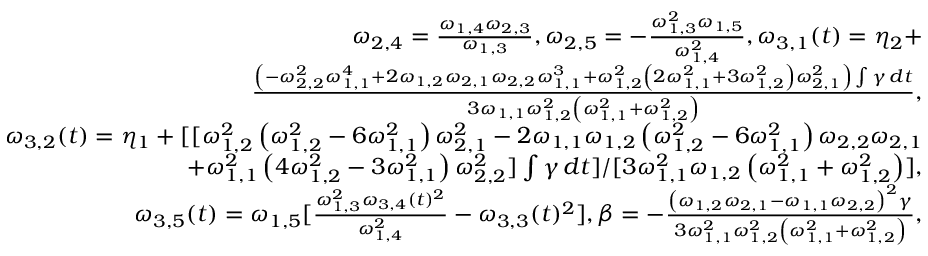
\begin{array} { r l r } & { } & { \omega _ { 2 , 4 } = \frac { \omega _ { 1 , 4 } \omega _ { 2 , 3 } } { \omega _ { 1 , 3 } } , \omega _ { 2 , 5 } = - \frac { \omega _ { 1 , 3 } ^ { 2 } \omega _ { 1 , 5 } } { \omega _ { 1 , 4 } ^ { 2 } } , \omega _ { 3 , 1 } ( t ) = \eta _ { 2 } + } \\ & { } & { \frac { \left( - \omega _ { 2 , 2 } ^ { 2 } \omega _ { 1 , 1 } ^ { 4 } + 2 \omega _ { 1 , 2 } \omega _ { 2 , 1 } \omega _ { 2 , 2 } \omega _ { 1 , 1 } ^ { 3 } + \omega _ { 1 , 2 } ^ { 2 } \left( 2 \omega _ { 1 , 1 } ^ { 2 } + 3 \omega _ { 1 , 2 } ^ { 2 } \right) \omega _ { 2 , 1 } ^ { 2 } \right) \int \gamma \, d t } { 3 \omega _ { 1 , 1 } \omega _ { 1 , 2 } ^ { 2 } \left( \omega _ { 1 , 1 } ^ { 2 } + \omega _ { 1 , 2 } ^ { 2 } \right) } , } \\ & { } & { \omega _ { 3 , 2 } ( t ) = \eta _ { 1 } + [ [ \omega _ { 1 , 2 } ^ { 2 } \left( \omega _ { 1 , 2 } ^ { 2 } - 6 \omega _ { 1 , 1 } ^ { 2 } \right) \omega _ { 2 , 1 } ^ { 2 } - 2 \omega _ { 1 , 1 } \omega _ { 1 , 2 } \left( \omega _ { 1 , 2 } ^ { 2 } - 6 \omega _ { 1 , 1 } ^ { 2 } \right) \omega _ { 2 , 2 } \omega _ { 2 , 1 } } \\ & { } & { + \omega _ { 1 , 1 } ^ { 2 } \left( 4 \omega _ { 1 , 2 } ^ { 2 } - 3 \omega _ { 1 , 1 } ^ { 2 } \right) \omega _ { 2 , 2 } ^ { 2 } ] \int \gamma \, d t ] / [ 3 \omega _ { 1 , 1 } ^ { 2 } \omega _ { 1 , 2 } \left( \omega _ { 1 , 1 } ^ { 2 } + \omega _ { 1 , 2 } ^ { 2 } \right) ] , } \\ & { } & { \omega _ { 3 , 5 } ( t ) = \omega _ { 1 , 5 } [ \frac { \omega _ { 1 , 3 } ^ { 2 } \omega _ { 3 , 4 } ( t ) ^ { 2 } } { \omega _ { 1 , 4 } ^ { 2 } } - \omega _ { 3 , 3 } ( t ) ^ { 2 } ] , \beta = - \frac { \left( \omega _ { 1 , 2 } \omega _ { 2 , 1 } - \omega _ { 1 , 1 } \omega _ { 2 , 2 } \right) ^ { 2 } \gamma } { 3 \omega _ { 1 , 1 } ^ { 2 } \omega _ { 1 , 2 } ^ { 2 } \left( \omega _ { 1 , 1 } ^ { 2 } + \omega _ { 1 , 2 } ^ { 2 } \right) } , } \end{array}